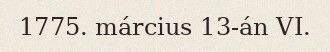
1775. március 13-án VI.